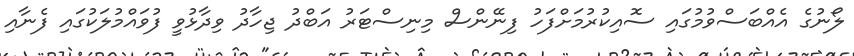
ލޯނުގެ އެއްބަސްވުމުގައި ސޮއިކުރުމަށްފަހު ފިނޭންސް މިނިސްޓަރު އަބްދު ޖިހާދު ވިދާޅުވީ ފުވައްމުލަކުގައި ފެނާއި